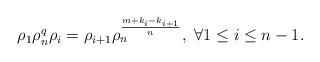
\begin{align*}\rho_{1} \rho_n^q \rho_{i}=\rho_{i+1} \rho_n^{\frac{m+k_i-k_{i+1}}{n}},~\forall 1\leq i \leq n-1.\end{align*}